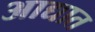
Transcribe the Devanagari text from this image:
आद्यात